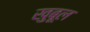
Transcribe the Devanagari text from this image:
खुबूल